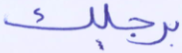
برجلك